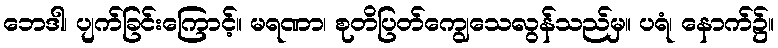
ဘေဒါ၊ ပျက်ခြင်းကြောင့်။ မရဏာ၊ စုတိပြတ်ကျွေသေလွန်သည်မှ။ ပရံ၊ နောက်၌။